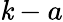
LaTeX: \mathit{k}-a